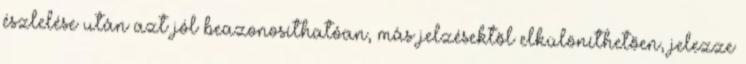
észlelése után azt jól beazonosíthatóan, más jelzésektõl elkülöníthetõen, jelezze